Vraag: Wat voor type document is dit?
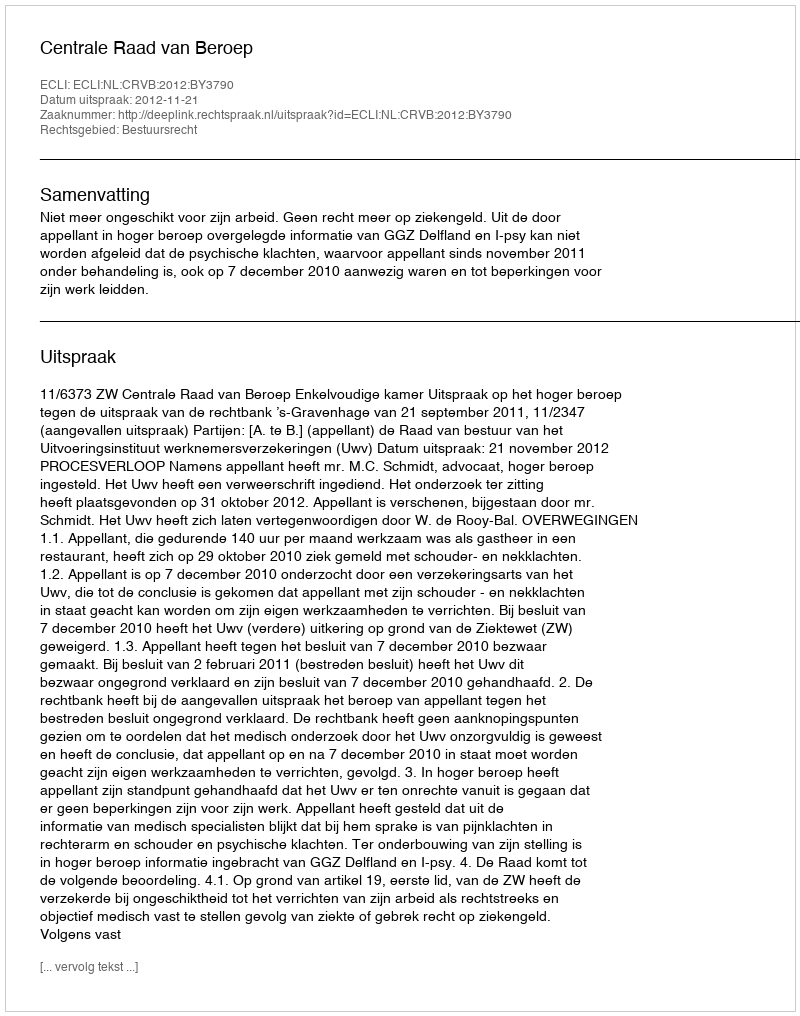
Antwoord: Uitspraak